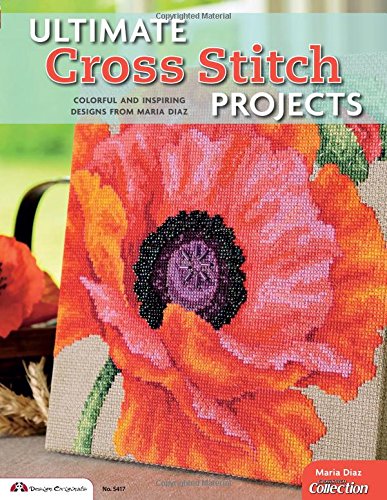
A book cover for Ultimate Cross Stitch Projects: Colorful and Inspiring Designs from Maria Diaz (Design Originals); Maria Diaz; Crafts, Hobbies & Home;